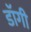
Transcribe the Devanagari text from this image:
डॉगी